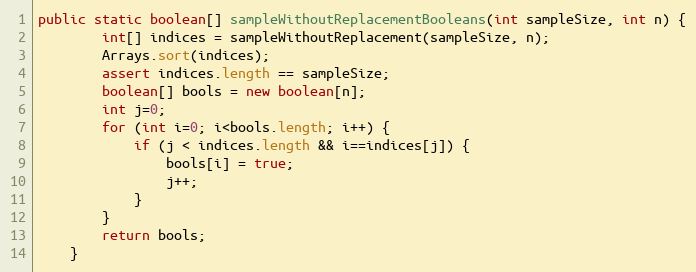
Language: Java
public static boolean[] sampleWithoutReplacementBooleans(int sampleSize, int n) {
        int[] indices = sampleWithoutReplacement(sampleSize, n);
        Arrays.sort(indices);
        assert indices.length == sampleSize;
        boolean[] bools = new boolean[n];
        int j=0;
        for (int i=0; i<bools.length; i++) {
            if (j < indices.length && i==indices[j]) {
                bools[i] = true;
                j++;
            }
        }
        return bools;
    }